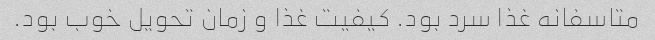
متاسفانه غذا سرد بود. کیفیت غذا و زمان تحویل خوب بود.